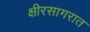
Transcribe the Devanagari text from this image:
क्षीरसागरात